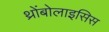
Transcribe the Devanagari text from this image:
थ्रोंबोलाइसिस